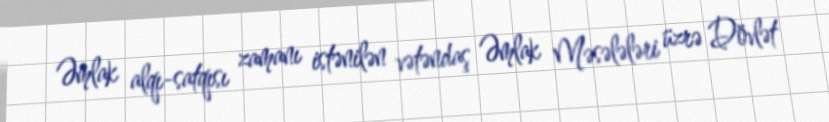
Əmlak alqı-satqısı zamanı istənilən vətəndaş Əmlak Məsələləri üzrə Dövlət